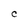
Character: C